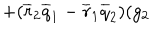
+ ( \overline { { { r } } } _ { 2 } \overline { { { q } } } _ { 1 } - \overline { { { r } } } _ { 1 } \overline { { { q } } } _ { 2 } ) ( g _ { 2 }